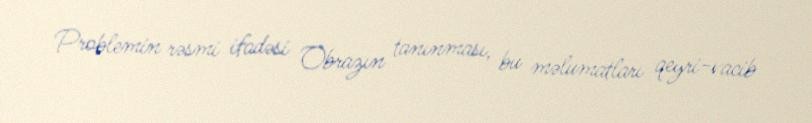
Problemin rəsmi ifadəsi Obrazın tanınması, bu məlumatları qeyri-vacib